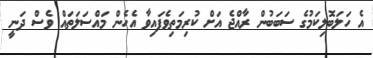
އެ ހަލަބޮލިކަމުގެ ސަބަބުން ރާއްޖެ އަށް ކުރިމަތިވެފައިވާ އެހެން މައްސަލަތައް ވެސް ދަނީ